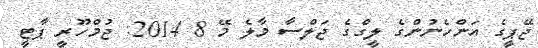
ޖޭޕީގެ އަންހެނުންގެ ލީގްގެ ޖަލްސާ މާލެ މޭ 8 2014: ޖުމްހޫރީ ޕާޓީ